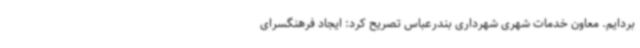
بردایم. معاون خدمات شهری شهرداری بندرعباس تصریح کرد: ایجاد فرهنگسرای